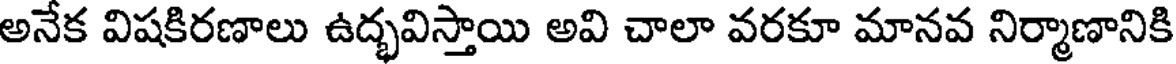
అనేక విషకిరణాలు ఉద్భవిస్తాయి అవి చాలా వరకూ మానవ నిర్మాణానికి